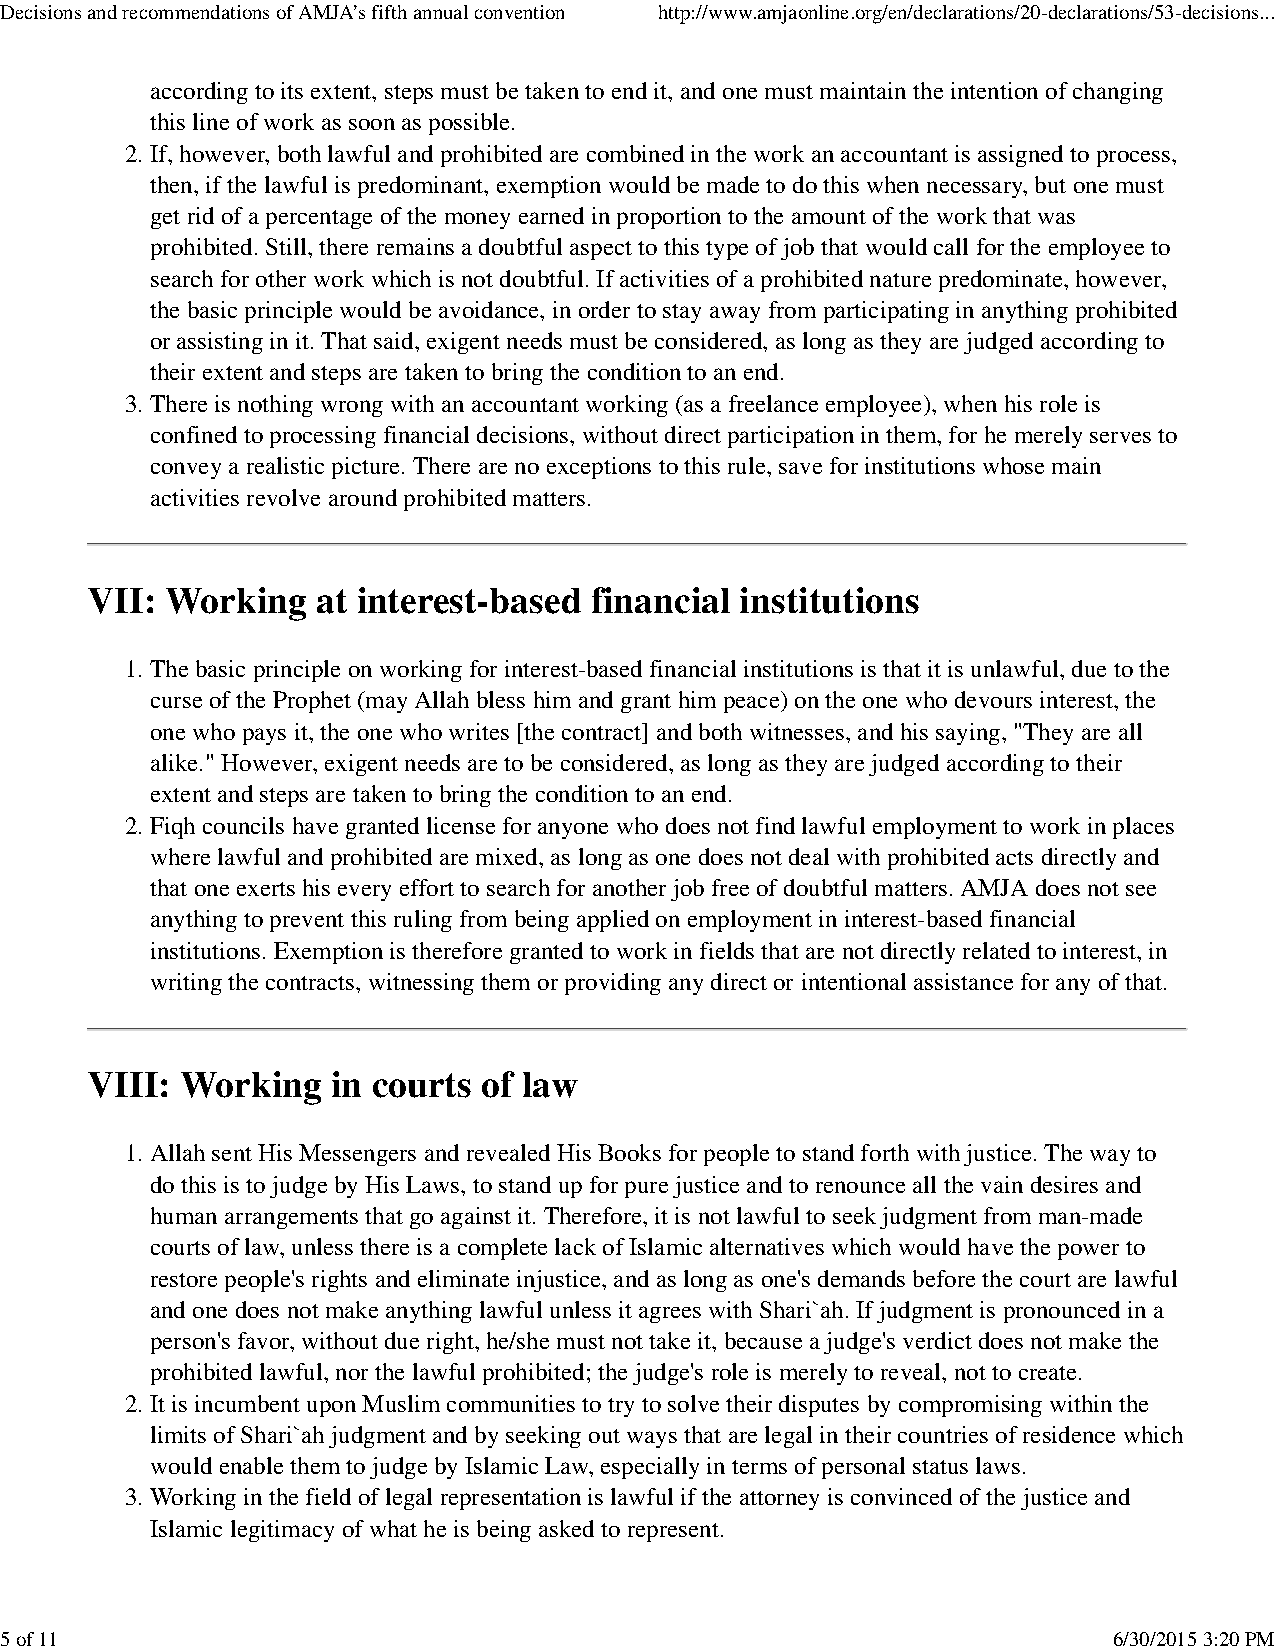
Decisions and recommendations of AMJA’s fifth annual convention http://www.amjaonline.org/en/declarations/20-declarations/53-decisions...
 according to its extent, steps must be taken to end it, and one must maintain the intention of changing
 this line of work as soon as possible.
 2. If, however, both lawful and prohibited are combined in the work an accountant is assigned to process,
 then, if the lawful is predominant, exemption would be made to do this when necessary, but one must
 get rid of a percentage of the money earned in proportion to the amount of the work that was
 prohibited. Still, there remains a doubtful aspect to this type of job that would call for the employee to
 search for other work which is not doubtful. If activities of a prohibited nature predominate, however,
 the basic principle would be avoidance, in order to stay away from participating in anything prohibited
 or assisting in it. That said, exigent needs must be considered, as long as they are judged according to
 their extent and steps are taken to bring the condition to an end.
 3. There is nothing wrong with an accountant working (as a freelance employee), when his role is
 confined to processing financial decisions, without direct participation in them, for he merely serves to
 convey a realistic picture. There are no exceptions to this rule, save for institutions whose main
 activities revolve around prohibited matters.
 VII: Working   at interest-based financial institutions
 1. The basic principle on working for interest-based financial institutions is that it is unlawful, due to the
 curse of the Prophet (may Allah bless him and grant him peace) on the one who devours interest, the
 one who pays it, the one who writes [the contract] and both witnesses, and his saying, "They are all
 alike." However, exigent needs are to be considered, as long as they are judged according to their
 extent and steps are taken to bring the condition to an end.
 2. Fiqh councils have granted license for anyone who does not find lawful employment to work in places
 where lawful and prohibited are mixed, as long as one does not deal with prohibited acts directly and
 that one exerts his every effort to search for another job free of doubtful matters. AMJA does not see
 anything to prevent this ruling from being applied on employment in interest-based financial
 institutions. Exemption is therefore granted to work in fields that are not directly related to interest, in
 writing the contracts, witnessing them or providing any direct or intentional assistance for any of that.
 VIII: Working   in courts of law
 1. Allah sent His Messengers and revealed His Books for people to stand forth with justice. The way to
 do this is to judge by His Laws, to stand up for pure justice and to renounce all the vain desires and
 human arrangements that go against it. Therefore, it is not lawful to seek judgment from man-made
 courts of law, unless there is a complete lack of Islamic alternatives which would have the power to
 restore people's rights and eliminate injustice, and as long as one's demands before the court are lawful
 and one does not make anything lawful unless it agrees with Shari`ah. If judgment is pronounced in a
 person's favor, without due right, he/she must not take it, because a judge's verdict does not make the
 prohibited lawful, nor the lawful prohibited; the judge's role is merely to reveal, not to create.
 2. It is incumbent upon Muslim communities to try to solve their disputes by compromising within the
 limits of Shari`ah judgment and by seeking out ways that are legal in their countries of residence which
 would enable them to judge by Islamic Law, especially in terms of personal status laws.
 3. Working in the field of legal representation is lawful if the attorney is convinced of the justice and
 Islamic legitimacy of what he is being asked to represent.
 5 of 11                                                                   6/30/2015 3:20 PM